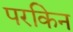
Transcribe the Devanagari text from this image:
परकिन